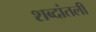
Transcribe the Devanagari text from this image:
शब्दांतली